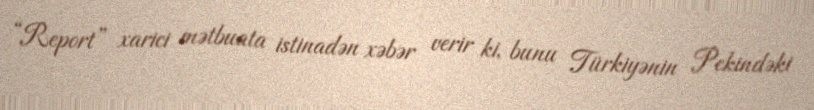
“Report” xarici mətbuata istinadən xəbər verir ki, bunu Türkiyənin Pekindəki